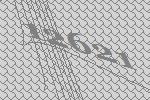
12621